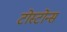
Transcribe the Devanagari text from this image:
टोस्टोन्स